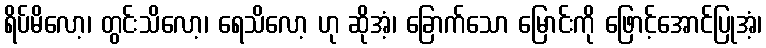
ရိပ်မိလော့၊ တွင်းသိလော့၊ ရေသိလော့ ဟု ဆိုအံ့၊ ခြောက်သော မြောင်းကို ဖြောင့်အောင်ပြုအံ့၊